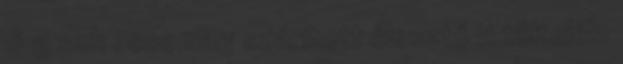
6 g szh 1 csomag szárított élesztő A töltelék: